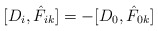
\begin{align*}[D_i, \hat{F}_{ik}] = -[D_0, \hat{F}_{0k}]\end{align*}